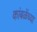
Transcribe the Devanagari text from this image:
कांबळेंच्या